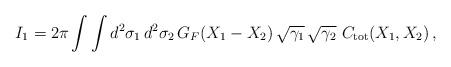
LaTeX: \begin{align*}I_1 = 2\pi \int \int d^2 \sigma_1 \, d^2 \sigma_2 \, G_F (X_1 -X_2) \, \sqrt{\gamma_1} \, \sqrt{\gamma_2} \ C_{\rm tot} (X_1 , X_2) \,, \end{align*}